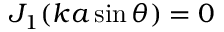
J _ { 1 } ( k a \sin \theta ) = 0